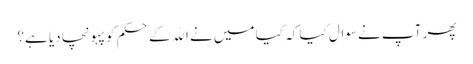
پھر آپ نے سوال کیا کہ کیا میں نے الله کے حکم کو پہونچا دیا ہے؟